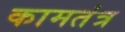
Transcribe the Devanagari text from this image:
कामतंत्र